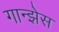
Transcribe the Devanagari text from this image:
गान्झेस